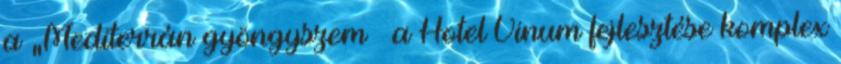
a „Mediterrán gyöngyszem – a Hotel Vinum fejlesztése komplex